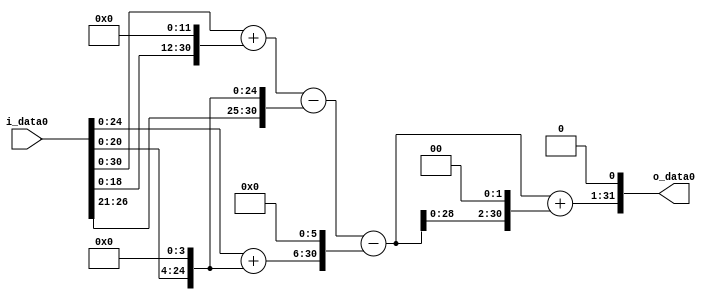
module multiplier_block (
    i_data0,
    o_data0
);

  // Port mode declarations:
  input   [31:0] i_data0;
  output  [31:0]
    o_data0;

  //Multipliers:

  wire [31:0]
    w1,
    w4096,
    w4097,
    w16,
    w4081,
    w17,
    w1088,
    w2993,
    w11972,
    w14965,
    w29930;

  assign w1 = i_data0;
  assign w1088 = w17 << 6;
  assign w11972 = w2993 << 2;
  assign w14965 = w2993 + w11972;
  assign w16 = w1 << 4;
  assign w17 = w1 + w16;
  assign w2993 = w4081 - w1088;
  assign w29930 = w14965 << 1;
  assign w4081 = w4097 - w16;
  assign w4096 = w1 << 12;
  assign w4097 = w1 + w4096;

  assign o_data0 = w29930;

  //multiplier_block area estimate = 8013.29760563677;
endmodule